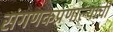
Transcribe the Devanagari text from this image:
संगणकप्रणाल्यांची